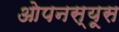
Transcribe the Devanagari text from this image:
ओपनस्यूस